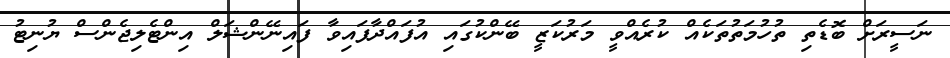
ނަސީރަށް ބޮޑެތި ތުހުމަތުތަކެއް ކުރެއްވީ މަރުކަޒީ ބޭންކުގައި އުފައްދާފައިވާ ފައިނޭންޝަލް އިންޓެލިޖެންސް ޔުނިޓު